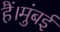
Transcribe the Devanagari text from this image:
हैं।मुंबई